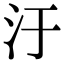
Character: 汙